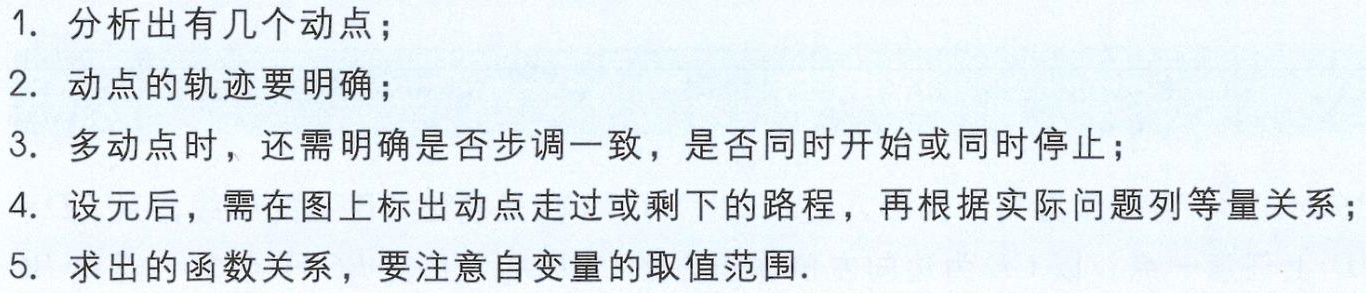
1. 分析出有几个动点；

2. 动点的轨迹要明确；

3. 多动点时，还需明确是否步调一致，是否同时开始或同时停止；

4. 设元后，需在图上标出动点走过或剩下的路程，再根据实际问题列等量关系；

5. 求出的函数关系，要注意自变量的取值范围.